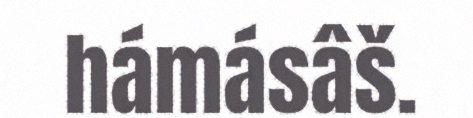
hámásâš.